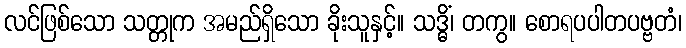
လင်ဖြစ်သော သတ္တုက အမည်ရှိသော ခိုးသူနှင့်။ သဒ္ဓိံ၊ တကွ။ စောရပပါတပဗ္ဗတံ၊